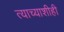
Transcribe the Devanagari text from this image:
त्याच्याशीही